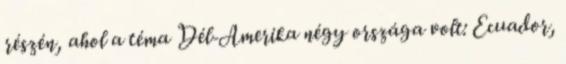
részén, ahol a téma Dél-Amerika négy országa volt: Ecuador,